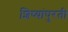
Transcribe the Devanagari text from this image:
शिष्यांपुरती